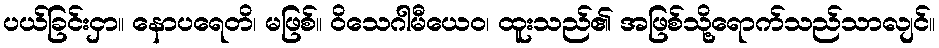
ပယ်ခြင်းငှာ။ နောပရေတိ၊ မဖြစ်။ ဝိသေဂါမီယေဝ၊ ထူးသည်၏ အဖြစ်သို့ရောက်သည်သာလျင်။